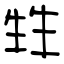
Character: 甡